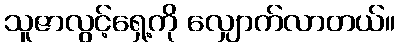
သူဇာလွင့်ရှေ့ကို လျှောက်လာတယ်။